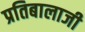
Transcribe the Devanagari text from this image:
प्रतिबालाजी